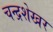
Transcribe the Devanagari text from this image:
चन्‍द्रशेखर